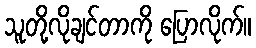
သူတို့လိုချင်တာကို ပြောလိုက်။